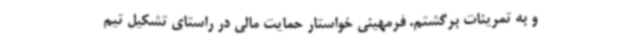
و به تمرینات برگشتم. فرمهینی خواستار حمایت مالی در راستای تشکیل تیم